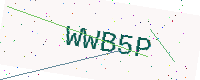
Text: WWB5P